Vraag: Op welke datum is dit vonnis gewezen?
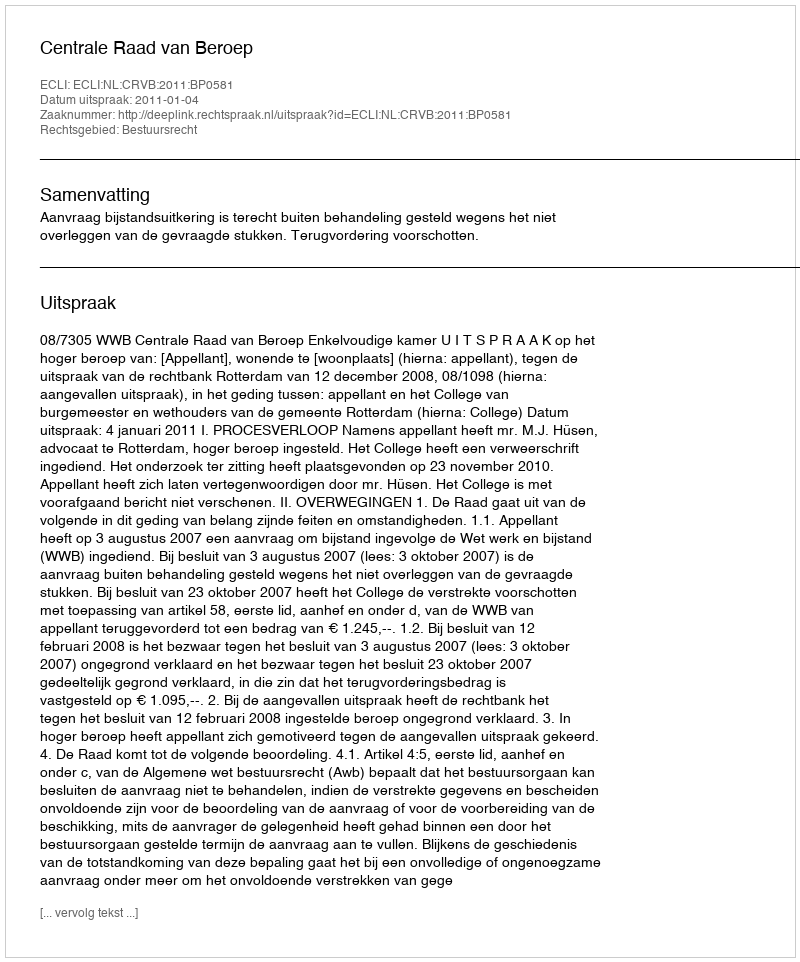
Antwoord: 2011-01-04